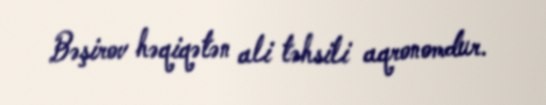
Bəşirov həqiqətən ali təhsili aqronomdur.